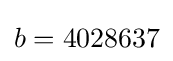
b=4028637